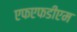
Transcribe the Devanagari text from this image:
एफएफडीएम